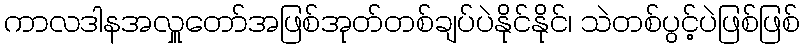
ကာလဒါနအလှူတော်အဖြစ်အုတ်တစ်ချပ်ပဲနိုင်နိုင်၊ သဲတစ်ပွင့်ပဲဖြစ်ဖြစ်